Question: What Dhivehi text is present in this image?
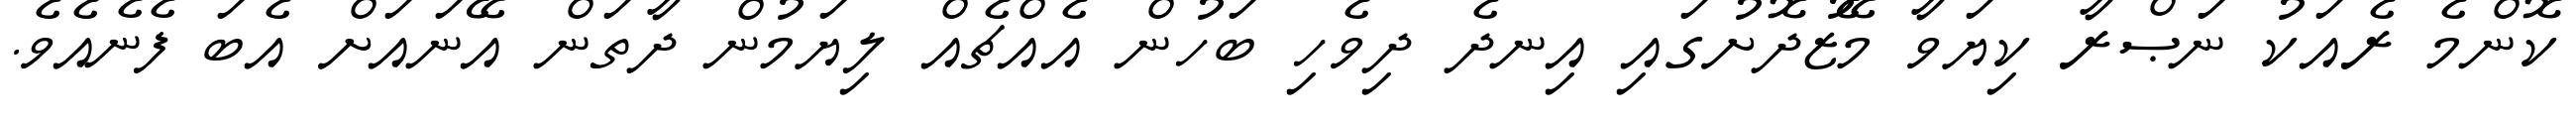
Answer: ކޮންމެ ރެއަކު ނަޞްރާ ކިޔަވާ މޭޒުދޮށުގައި އިނދެ ދިވެހި ބަހުން އެއްޗެއް ލިޔަމުން ދާތަން އޭނައަށް އެބަ ފެނެއެވެ.